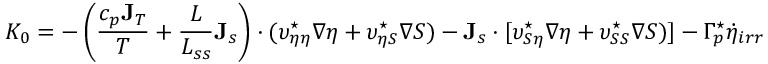
K _ { 0 } = - \left( \frac { c _ { p } { \bf J } _ { T } } { T } + \frac { L } { L _ { s s } } { \bf J } _ { s } \right) \cdot ( \upsilon _ { \eta \eta } ^ { \star } \nabla \eta + \upsilon _ { \eta S } ^ { \star } \nabla S ) - { \bf J } _ { s } \cdot [ \upsilon _ { S \eta } ^ { \star } \nabla \eta + \upsilon _ { S S } ^ { \star } \nabla S ) ] - \Gamma _ { p } ^ { \star } \dot { \eta } _ { i r r }